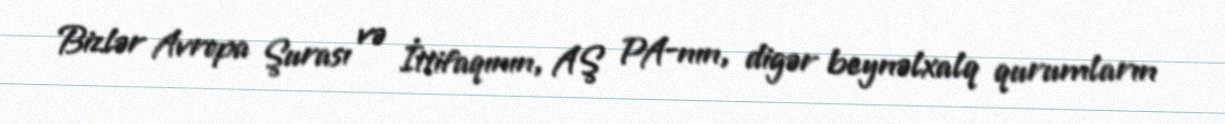
Bizlər Avropa Şurası və İttifaqının, AŞ PA-nın, digər beynəlxalq qurumların